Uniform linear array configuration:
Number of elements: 64
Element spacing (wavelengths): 1
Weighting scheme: hann
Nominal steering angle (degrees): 60
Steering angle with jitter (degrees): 58.777
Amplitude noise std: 0.05
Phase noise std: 0.05

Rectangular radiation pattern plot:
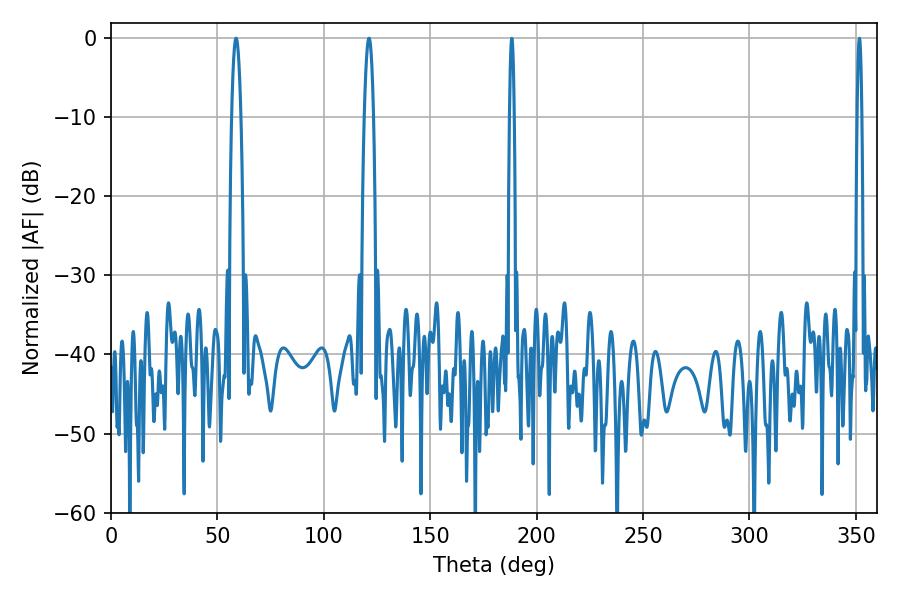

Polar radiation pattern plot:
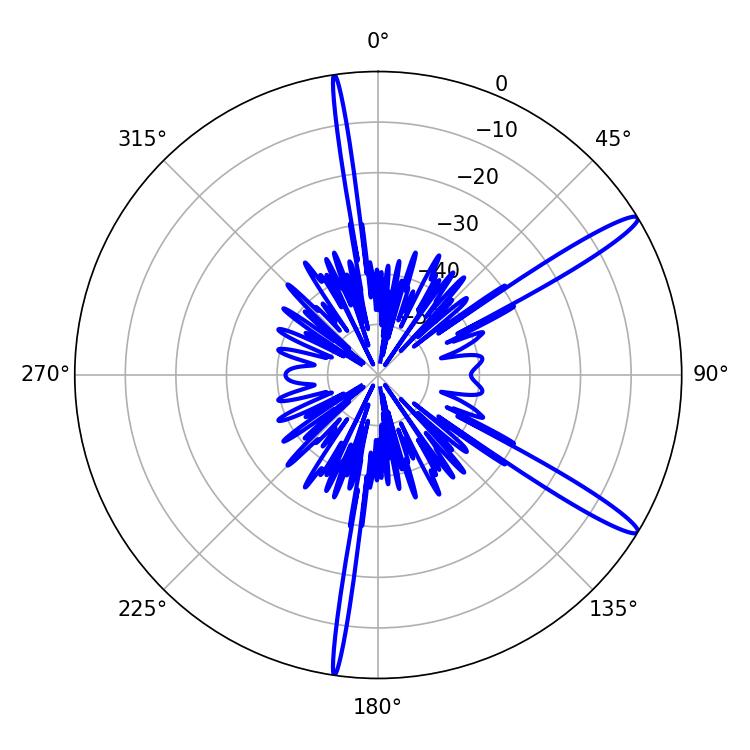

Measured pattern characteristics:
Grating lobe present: TRUE
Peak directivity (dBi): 14.453
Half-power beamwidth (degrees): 2.34
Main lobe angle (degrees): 58.86